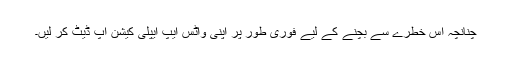
چنانچہ اس خطرے سے بچنے کے لیے فوری طور پر اپنی واٹس ایپ ایپلی کیشن اپ ڈیٹ کر لیں۔